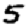
Digit: 5